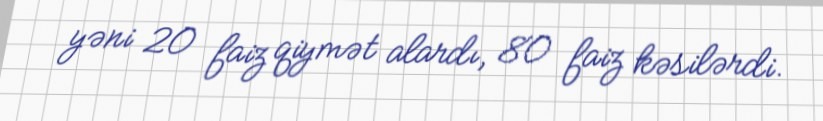
yəni 20 faiz qiymət alardı, 80 faiz kəsilərdi.